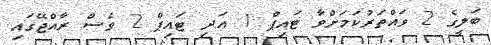
ބަލީގެ 2 ވައްތަރުކަމަށްވާ ޓައިޕް 1 އަދި ޓައިޕް 2 ވެސް ރާއްޖޭގައި